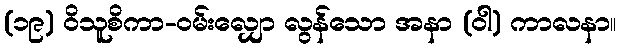
(၁၉) ဝိသူစိကာ-ဝမ်းလျှော လွန်သော အနာ (ဝါ) ကာလနာ။